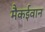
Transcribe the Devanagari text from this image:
मैकईवान